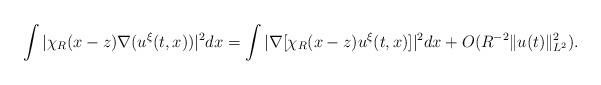
LaTeX: \begin{align*}\int |\chi_R(x-z) \nabla (u^\xi(t,x))|^2 dx =\int |\nabla[ \chi_R(x-z) u^{\xi}(t,x)]|^2 dx + O(R^{-2} \|u(t)\|^2_{L^2}).\end{align*}